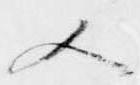
又